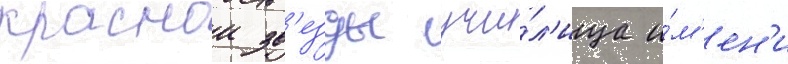
краснои зв'езды учи́л'ища и́м'ен'и